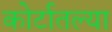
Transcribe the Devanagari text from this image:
कोर्टातल्या